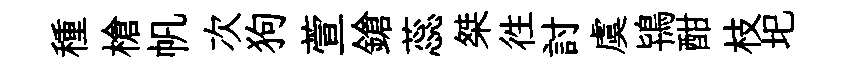
種槍帆次狗萱鎗蕊桀徃討虞鴇酣枝圯